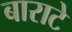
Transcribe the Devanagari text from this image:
बाराटे